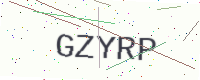
Text: GZYRP